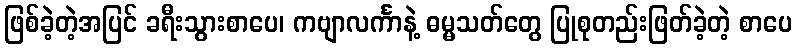
ဖြစ်ခဲ့တဲ့အပြင် ခရီးသွားစာပေ၊ ကဗျာလင်္ကာနဲ့ ဓမ္မသတ်တွေ ပြုစုတည်းဖြတ်ခဲ့တဲ့ စာပေ